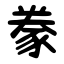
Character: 豢